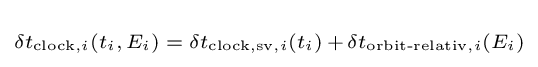
\scriptstyle \delta t_{{\text{clock}},i}(t_{i},\,E_{i})\;=\;\delta t_{{\text{clock,sv}},i}(t_{i})\,+\,\delta t_{{\text{orbit-relativ}},i}(E_{i})